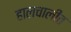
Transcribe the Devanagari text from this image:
हालचालीत